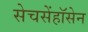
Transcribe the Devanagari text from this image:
सेचसेंहॉसेन